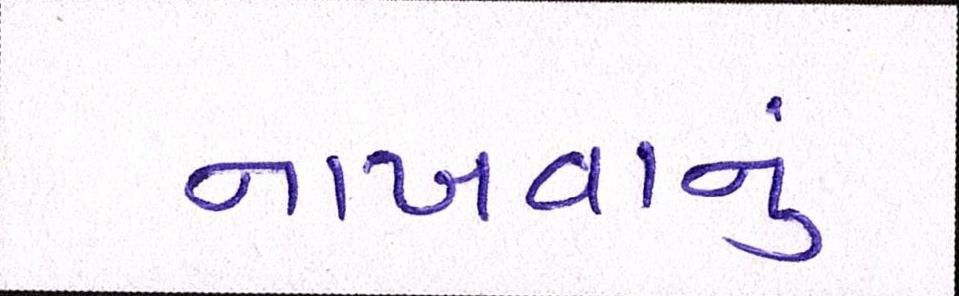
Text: નાખવાનું